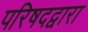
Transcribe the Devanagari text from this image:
परिषदद्वारा